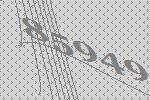
85949